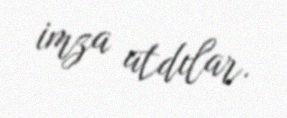
imza atdılar.